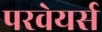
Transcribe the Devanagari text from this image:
परवेयर्स